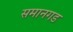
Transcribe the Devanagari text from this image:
समानगड